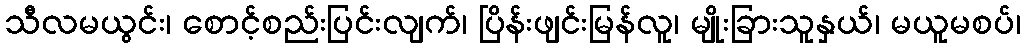
သီလမယွင်း၊ စောင့်စည်းပြင်းလျက်၊ ပြိန်းဖျင်းမြန်လူ၊ မျိုးခြားသူနှယ်၊ မယူမစပ်၊